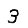
Digit: 3